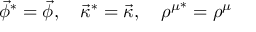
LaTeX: \vec { \phi } ^ { * } = \vec { \phi } , \quad \vec { \kappa } ^ { * } = \vec { \kappa } , \quad { \rho ^ { \mu } } ^ { * } = \rho ^ { \mu }